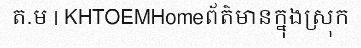
ត.ម | KHTOEMHomeព័ត៌មានក្នុងស្រុក